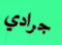
جرادي